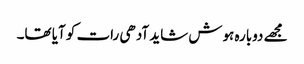
مجھے دوبارہ ہوش شاید آدھی رات کو آیا تھا۔